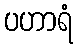
ပဟာရံ